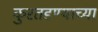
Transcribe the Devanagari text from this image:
कुरतडण्याच्या